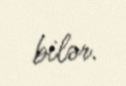
bilər.